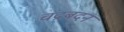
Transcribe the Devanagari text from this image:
चंद्रबदन